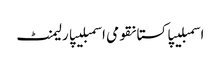
اسمبلیپاکستانقومی اسمبلیپارلیمنٹ